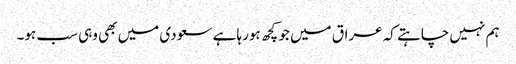
ہم نہیں چاہتے کہ عراق میں جو کچھ ہورہا ہے سعودی میں بھی وہی سب ہو۔